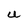
Character: U